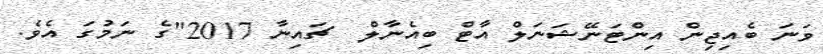
ވަނަ ބެއިޖިން އިންޓަނޭޝަނަލް އާޓް ބިއެނާލް  ޗައިނާ 2017"ގެ ނަމުގަ އެވެ.